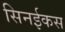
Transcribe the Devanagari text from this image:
सिनईकस